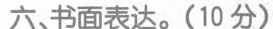
六。书面表达。(10分)